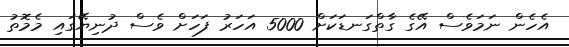
އެހެން ނަމަވެސް އޭގެ ގާތްގަނޑަކަށް 5000 އަހަރު ފަހަށް ވެސް ދުނިޔޭގައި މެމޮތު